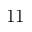
1 1